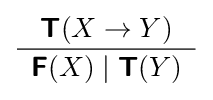
{\frac {{\boldsymbol {\mathsf {T}}}(X\to Y)}{\begin{array}{c}{\boldsymbol {\mathsf {F}}}(X)\mid {\boldsymbol {\mathsf {T}}}(Y)\end{array}}}